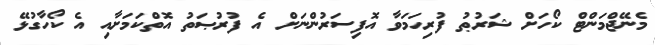
މެނޭޖްމަންޓް ކޯހަށް ޝަރުޠު ފުރިހަމަވާ އޮފިސަރުންނަށް އެ ފުރުޞަތު އޮތްކަމަށާއި އެ ކޯހާގުޅޭ